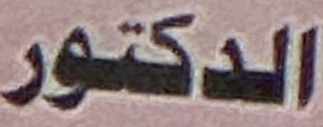
الدكتور